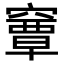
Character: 𥨎